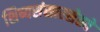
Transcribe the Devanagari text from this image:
शिष्यसंसारसेतवे